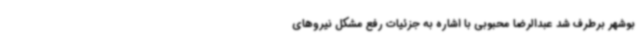
بوشهر برطرف شد عبدالرضا محبوبی با اشاره به جزئیات رفع مشکل نیروهای